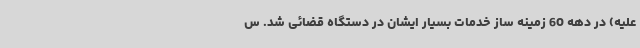
علیه) در دهه 60 زمینه ساز خدمات بسیار ایشان در دستگاه قضائی شد. س